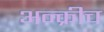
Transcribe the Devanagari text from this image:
अन्क्रीच